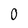
Character: 0